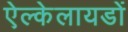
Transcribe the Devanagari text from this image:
ऐल्केलायडों